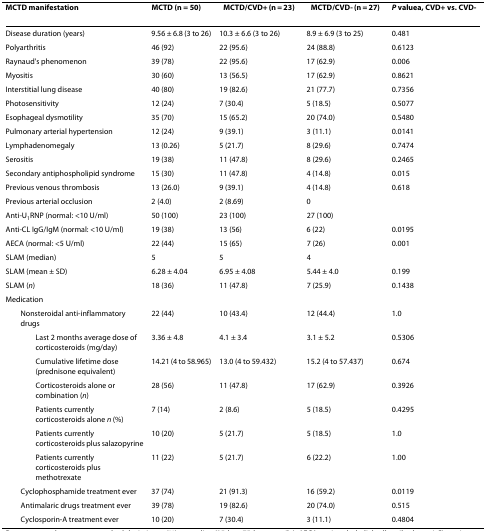
<table><thead><tr><td><b>MCTD manifestation</b></td><td><b>MCTD (n = 50)</b></td><td><b>MCTD/CVD<sup>+ </sup>(n = 23)</b></td><td><b>MCTD/CVD<sup>- </sup>(n = 27)</b></td><td><b><i>P </i>value<sup>a</sup>, CVD<sup>+ </sup>vs. CVD<sup>-</sup></b></td></tr></thead><tbody><tr><td>Disease duration (years)</td><td>9.56 ± 6.8 (3 to 26)</td><td>10.3 ± 6.6 (3 to 26)</td><td>8.9 ± 6.9 (3 to 25)</td><td>0.481</td></tr><tr><td>Polyarthritis</td><td>46 (92)</td><td>22 (95.6)</td><td>24 (88.8)</td><td>0.6123</td></tr><tr><td>Raynaud&#x27;s phenomenon</td><td>39 (78)</td><td>22 (95.6)</td><td>17 (62.9)</td><td>0.006</td></tr><tr><td>Myositis</td><td>30 (60)</td><td>13 (56.5)</td><td>17 (62.9)</td><td>0.8621</td></tr><tr><td>Interstitial lung disease</td><td>40 (80)</td><td>19 (82.6)</td><td>21 (77.7)</td><td>0.7356</td></tr><tr><td>Photosensitivity</td><td>12 (24)</td><td>7 (30.4)</td><td>5 (18.5)</td><td>0.5077</td></tr><tr><td>Esophageal dysmotility</td><td>35 (70)</td><td>15 (65.2)</td><td>20 (74.0)</td><td>0.5480</td></tr><tr><td>Pulmonary arterial hypertension</td><td>12 (24)</td><td>9 (39.1)</td><td>3 (11.1)</td><td>0.0141</td></tr><tr><td>Lymphadenomegaly</td><td>13 (0.26)</td><td>5 (21.7)</td><td>8 (29.6)</td><td>0.7474</td></tr><tr><td>Serositis</td><td>19 (38)</td><td>11 (47.8)</td><td>8 (29.6)</td><td>0.2465</td></tr><tr><td>Secondary antiphospholipid syndrome</td><td>15 (30)</td><td>11 (47.8)</td><td>4 (14.8)</td><td>0.015</td></tr><tr><td>Previous venous thrombosis</td><td>13 (26.0)</td><td>9 (39.1)</td><td>4 (14.8)</td><td>0.618</td></tr><tr><td>Previous arterial occlusion</td><td>2 (4.0)</td><td>2 (8.69)</td><td>0</td><td></td></tr><tr><td>Anti-U<sub>1</sub>RNP (normal: &lt;10 U/ml)</td><td>50 (100)</td><td>23 (100)</td><td>27 (100)</td><td></td></tr><tr><td>Anti-CL IgG/IgM (normal: &lt;10 U/ml)</td><td>19 (38)</td><td>13 (56)</td><td>6 (22)</td><td>0.0195</td></tr><tr><td>AECA (normal: &lt;5 U/ml)</td><td>22 (44)</td><td>15 (65)</td><td>7 (26)</td><td>0.001</td></tr><tr><td>SLAM (median)</td><td>5</td><td>5</td><td>4</td><td></td></tr><tr><td>SLAM (mean ± SD)</td><td>6.28 ± 4.04</td><td>6.95 ± 4.08</td><td>5.44 ± 4.0</td><td>0.199</td></tr><tr><td>SLAM (<i>n</i>)</td><td>18 (36)</td><td>11 (47.8)</td><td>7 (25.9)</td><td>0.1438</td></tr><tr><td>Medication</td><td></td><td></td><td></td><td></td></tr><tr><td> Nonsteroidal anti-inflammatory drugs</td><td>22 (44)</td><td>10 (43.4)</td><td>12 (44.4)</td><td>1.0</td></tr><tr><td>Last 2 months average dose of corticosteroids (mg/day)</td><td>3.36 ± 4.8</td><td>4.1 ± 3.4</td><td>3.1 ± 5.2</td><td>0.5306</td></tr><tr><td>Cumulative lifetime dose (prednisone equivalent)</td><td>14.21 (4 to 58.965)</td><td>13.0 (4 to 59.432)</td><td>15.2 (4 to 57.437)</td><td>0.674</td></tr><tr><td>Corticosteroids alone or combination (<i>n</i>)</td><td>28 (56)</td><td>11 (47.8)</td><td>17 (62.9)</td><td>0.3926</td></tr><tr><td>Patients currently corticosteroids alone <i>n </i>(%)</td><td>7 (14)</td><td>2 (8.6)</td><td>5 (18.5)</td><td>0.4295</td></tr><tr><td>Patients currently corticosteroids plus salazopyrine</td><td>10 (20)</td><td>5 (21.7)</td><td>5 (18.5)</td><td>1.0</td></tr><tr><td>Patients currently corticosteroids plus methotrexate</td><td>11 (22)</td><td>5 (21.7)</td><td>6 (22.2)</td><td>1.00</td></tr><tr><td> Cyclophosphamide treatment ever</td><td>37 (74)</td><td>21 (91.3)</td><td>16 (59.2)</td><td>0.0119</td></tr><tr><td> Antimalaric drugs treatment ever</td><td>39 (78)</td><td>19 (82.6)</td><td>20 (74.0)</td><td>0.515</td></tr><tr><td> Cyclosporin-A treatment ever</td><td>10 (20)</td><td>7 (30.4)</td><td>3 (11.1)</td><td>0.4804</td></tr></tbody></table>